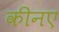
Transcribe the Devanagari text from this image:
कीनए